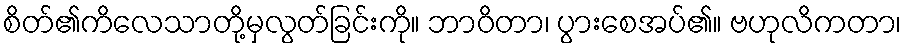
စိတ်၏ကိလေသာတို့မှလွတ်ခြင်းကို။ ဘာဝိတာ၊ ပွားစေအပ်၏။ ဗဟုလိကတာ၊